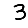
Digit: 3